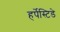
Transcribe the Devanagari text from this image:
हर्पेस्टिडे